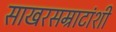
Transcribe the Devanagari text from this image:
साखरसम्राटांशी